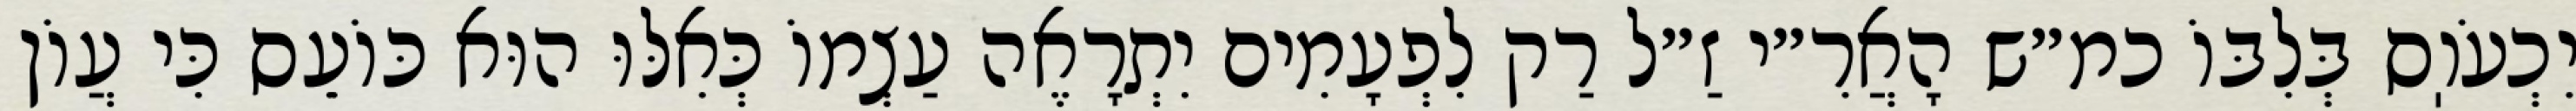
יִכְעֹוֽס בְּלִבּוֹ כמ״ש הָאֲרִ״י זַ״ל רַק לִפְעָמִים יִתְרָאֶה עַצְמוֹ כְּאִלּוּ הוּא כּוֹעֵס כִּי עֲוֹן